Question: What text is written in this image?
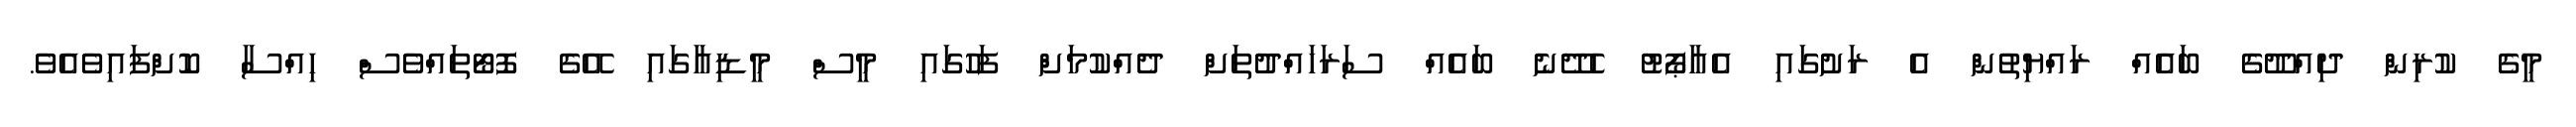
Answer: މީގެ ކުރިން ދިއްދޫގެ ބައެއް ރައްޔިތުން އެ ރަށުގައި އެއާޕޯޓު ހެދޭނެ ބައެއް ސަރަހައްދުތަށް ދެއްކުމަށްް ފަހުގައި މީސް މީޑިއާގައި އޭގެ ފޮޓޯތައްވެސް ހިއްސާ ކޮށްފައިވެއެވެ.